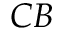
C B